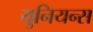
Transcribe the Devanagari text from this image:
युनियन्स